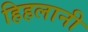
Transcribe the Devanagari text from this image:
हिहलानी